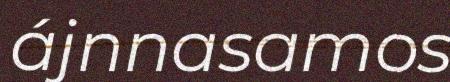
ájnnasamos